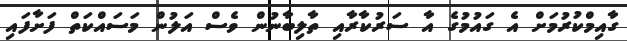
ގާއިމްކުރުމަށް އެ ގައުމުގެ އާ ސަރުކާރާއި ތާލިބާނުން ވެސް އަލުން މަސައްކަތް ފަށާފައި